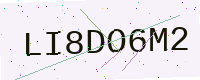
Text: LI8DO6M2